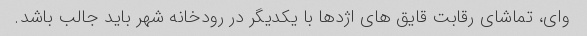
وای، تماشای رقابت قایق های اژدها با یکدیگر در رودخانه شهر باید جالب باشد.